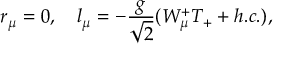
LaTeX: r _ { \mu } = 0 , \quad l _ { \mu } = - \frac { g } { \sqrt { 2 } } ( { \cal W } _ { \mu } ^ { + } T _ { + } + h . c . ) ,